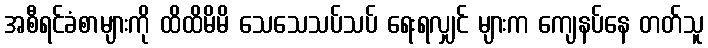
အစီရင်ခံစာများကို ထိထိမိမိ သေသေသပ်သပ် ရေးရလျှင် များက ကျေနပ်နေ တတ်သူ